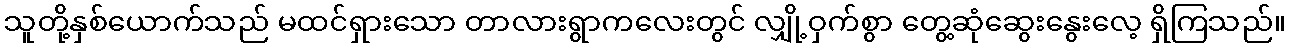
သူတို့နှစ်ယောက်သည် မထင်ရှားသော တာလားရွာကလေးတွင် လျှို့ဝှက်စွာ တွေ့ဆုံဆွေးနွေးလေ့ ရှိကြသည်။